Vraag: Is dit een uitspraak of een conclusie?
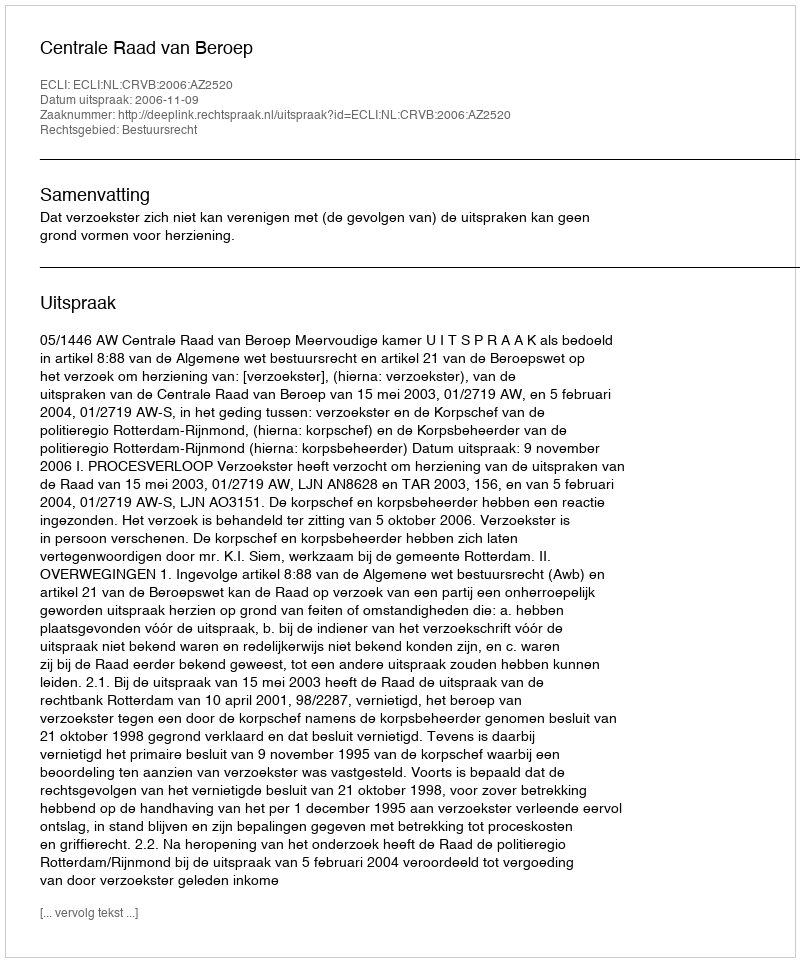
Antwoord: Uitspraak